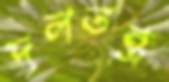
দলতন্ত্র